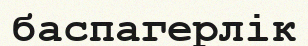
баспагерлік